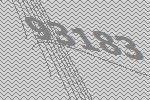
93183